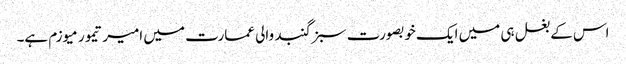
اس کے بغل ہی میں ایک خوبصورت سبز گنبد والی عمارت میں امیر تیمور میوزم ہے۔